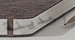
بمدينة